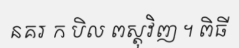
នគរ ក បិល ពស្តុវិញ ។ ពិធី